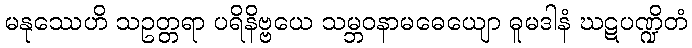
မနုဿေဟိ သဥတ္တရာ ပရိနိဗ္ဗယေ သမ္ဘဝနာမဓေယျော ဓူမဒါနံ ဃဋပဏ္ဍိတံ